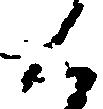
く